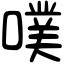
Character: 噗